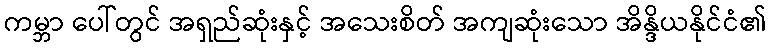
ကမ္ဘာ ပေါ်တွင် အရှည်ဆုံးနှင့် အသေးစိတ် အကျဆုံးသော အိန္ဒိယနိုင်ငံ၏